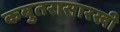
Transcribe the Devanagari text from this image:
कबुतरासारखी